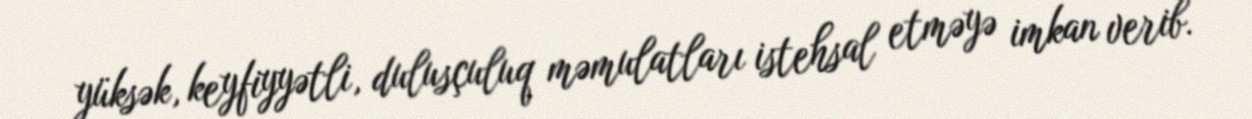
yüksək, keyfiyyətli, dulusçuluq məmulatları istehsal etməyə imkan verib.